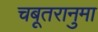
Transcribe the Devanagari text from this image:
चबूतरानुमा